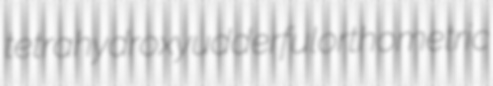
tetrahydroxy udderful orthometric